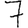
Digit: 7